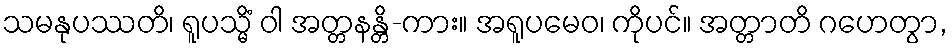
သမနုပဿတိ၊ ရူပသ္မိံ ဝါ အတ္တနန္တိ-ကား။ အရူပမေဝ၊ ကိုပင်။ အတ္တာတိ ဂဟေတွာ,